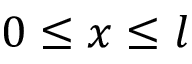
0 \le x \le l